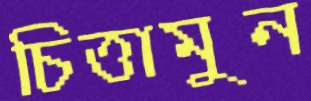
চিত্তামুন